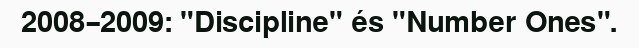
2008–2009: "Discipline" és "Number Ones".